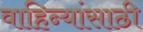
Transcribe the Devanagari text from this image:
वाहिन्यांसाठी